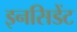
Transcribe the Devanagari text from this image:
इनसिडेंट